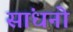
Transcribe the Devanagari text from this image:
सांधनो